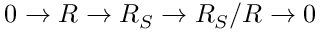
0 \to R \to R _ { S } \to R _ { S } / R \to 0